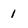
Character: 1